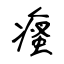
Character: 瘙